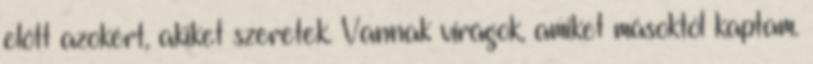
előtt azokért, akiket szeretek. Vannak virágok, amiket másoktól kaptam.